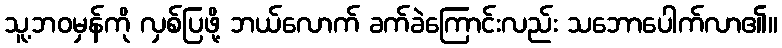
သူ့ဘဝမှန်ကို လှစ်ပြဖို့ ဘယ်လောက် ခက်ခဲကြောင်းလည်း သဘောပေါက်လာ၏။